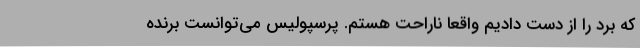
که برد را از دست دادیم واقعا ناراحت هستم. پرسپولیس می‌توانست برنده